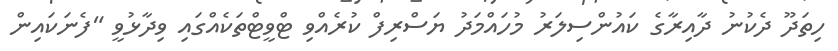
ހިތަދޫ ދެކުނު ދާއިރާގެ ކައުންސިލަރު މުހައްމަދު ޔަސްރިފް ކުރެއްވި ޓްވީޓްތަކެއްގައި ވިދާޅުވީ "ފެެނަކައިން